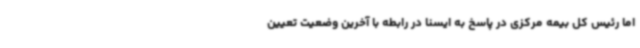
اما رئیس کل بیمه مرکزی در پاسخ به ایسنا در رابطه با آخرین وضعیت تعیین